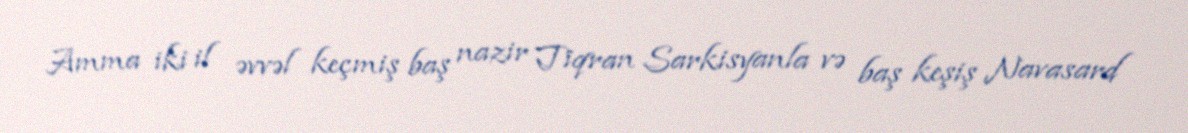
Amma iki il əvvəl keçmiş baş nazir Tiqran Sarkisyanla və baş keşiş Navasard